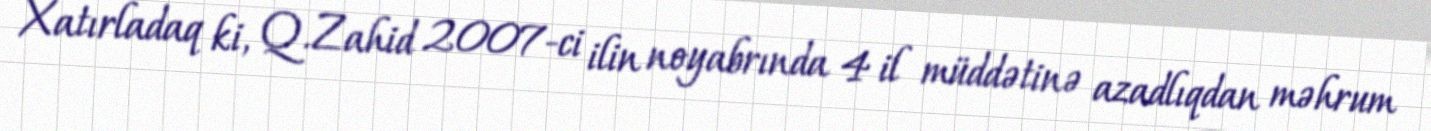
Xatırladaq ki, Q.Zahid 2007-ci ilin noyabrında 4 il müddətinə azadlıqdan məhrum